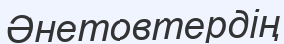
Әнетовтердің